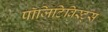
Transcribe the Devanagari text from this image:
पॉजिटिविस्ट्स